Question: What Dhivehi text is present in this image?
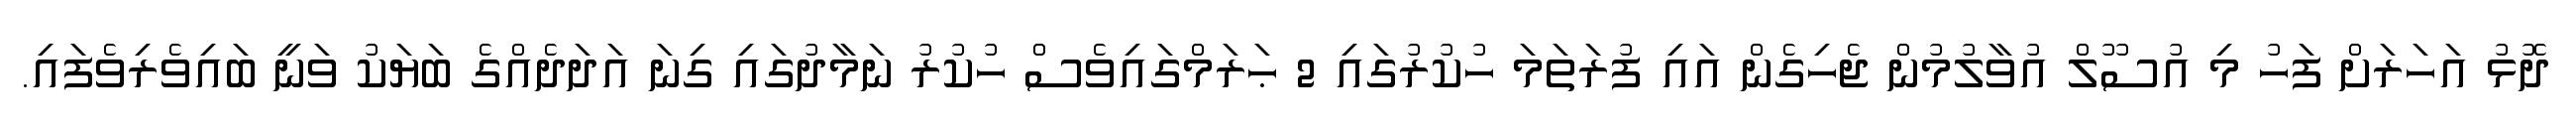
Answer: ދޮޅު އަހަރަށް ފަހު މި އުސޫލް އުވާލުމުން ޖެހިގެން އައި ފުރަތަމަ ހުކުރުގައި 2 ޙަރަމްގައިވެސް ހުކުރު ނަމާދުގައި ގިނަ އަދަދެއްގެ ބަޔަކު ވަނީ ބައިވެރިވެފައި.